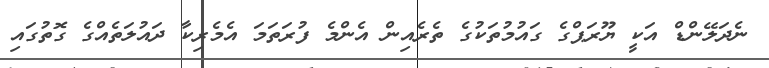
ނެދަލޭންޑް އަކީ ޔޫރަޕްގެ ގައުމުތަކުގެ ތެރެއިން އެންމެ ފުރަތަމަ އެމެރިކާ ދައުލަތެއްގެ ގޮތުގައި